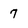
Character: 7